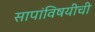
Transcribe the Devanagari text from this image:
सापांविषयीची